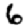
Digit: 6